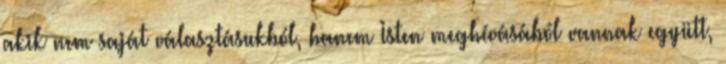
akik nem saját választásukból, hanem Isten meghívásából vannak együtt,